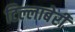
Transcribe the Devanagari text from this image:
टिल्लाबेरी